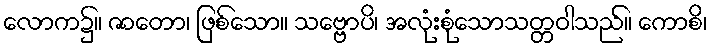
လောက၌။ ဇာတော၊ ဖြစ်သော။ သဗ္ဗောပိ၊ အလုံးစုံသောသတ္တဝါသည်။ ကောစိ၊